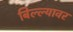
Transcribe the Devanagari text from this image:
बिल्ल्यावर